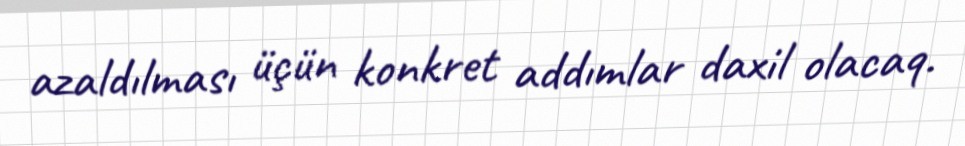
azaldılması üçün konkret addımlar daxil olacaq.